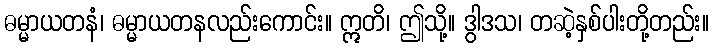
ဓမ္မာယတနံ၊ ဓမ္မာယတနလည်းကောင်း။ ဣတိ၊ ဤသို့။ ဒွါဒသ၊ တဆဲ့နှစ်ပါးတို့တည်း။